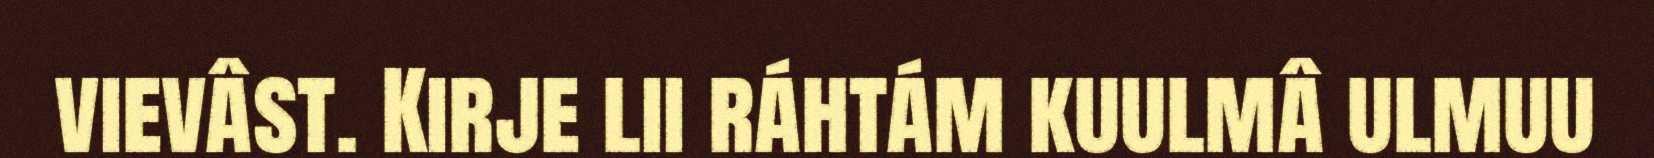
vievâst. Kirje lii ráhtám kuulmâ ulmuu